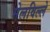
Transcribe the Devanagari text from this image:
मेलविल्ले